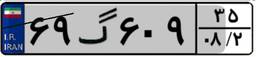
۶۹گ۶۰۹۳۵